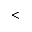
<